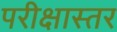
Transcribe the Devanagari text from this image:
परीक्षास्तर